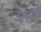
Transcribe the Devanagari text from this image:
उस्तरें